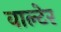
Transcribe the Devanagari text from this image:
वाल्टेर